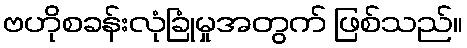
ဗဟိုစခန်းလုံခြုံမှုအတွက် ဖြစ်သည်။